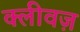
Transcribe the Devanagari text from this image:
क्लीवज़